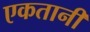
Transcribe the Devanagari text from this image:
एकतानी